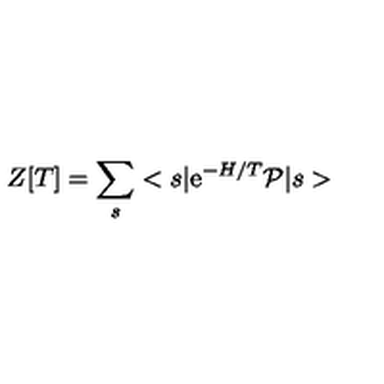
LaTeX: Z [ T ] = \sum _ { s } < s \vert \mathrm { e } ^ { - H / T } { \cal P } \vert s >